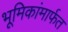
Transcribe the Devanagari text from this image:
भूमिकांमार्फत